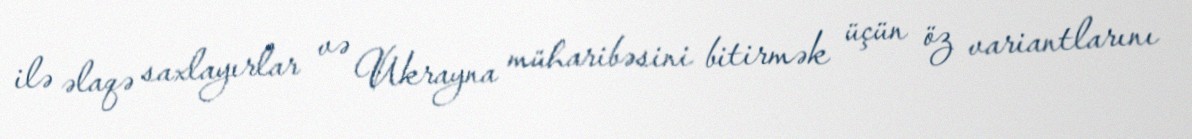
ilə əlaqə saxlayırlar və Ukrayna müharibəsini bitirmək üçün öz variantlarını